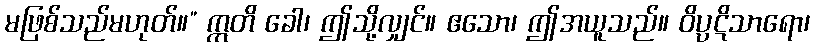
မဖြစ်သည်မဟုတ်။” ဣတိ ခေါ၊ ဤသို့လျှင်။ ဧသော၊ ဤအယူသည်။ ဝိပ္ပဋိသာရော၊